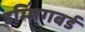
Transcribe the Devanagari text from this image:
हम्मिंगबर्ड